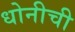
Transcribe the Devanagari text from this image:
धोनीची